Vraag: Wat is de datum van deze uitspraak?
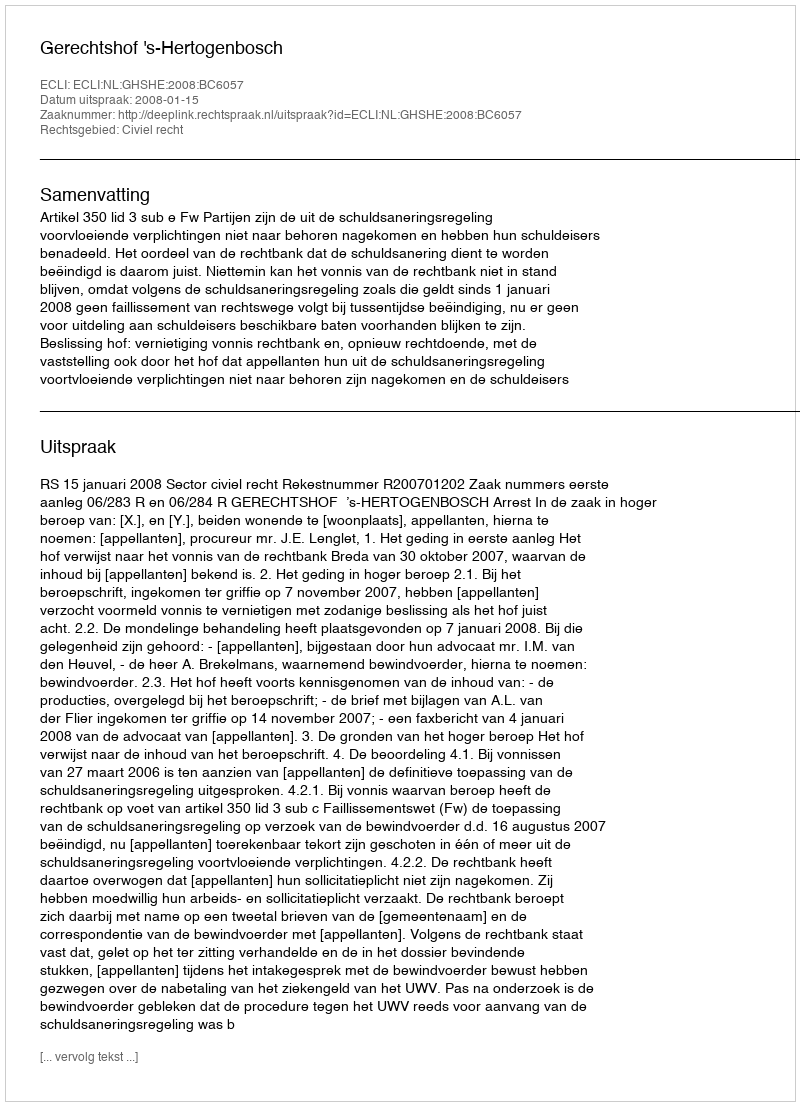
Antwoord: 2008-01-15